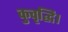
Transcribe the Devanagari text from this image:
कुवृद्धि।